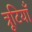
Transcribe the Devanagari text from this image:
त्रूटियाँ